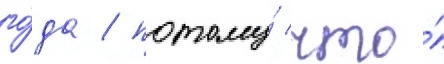
го́да / потому́ что́